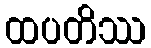
ထပတိဿ